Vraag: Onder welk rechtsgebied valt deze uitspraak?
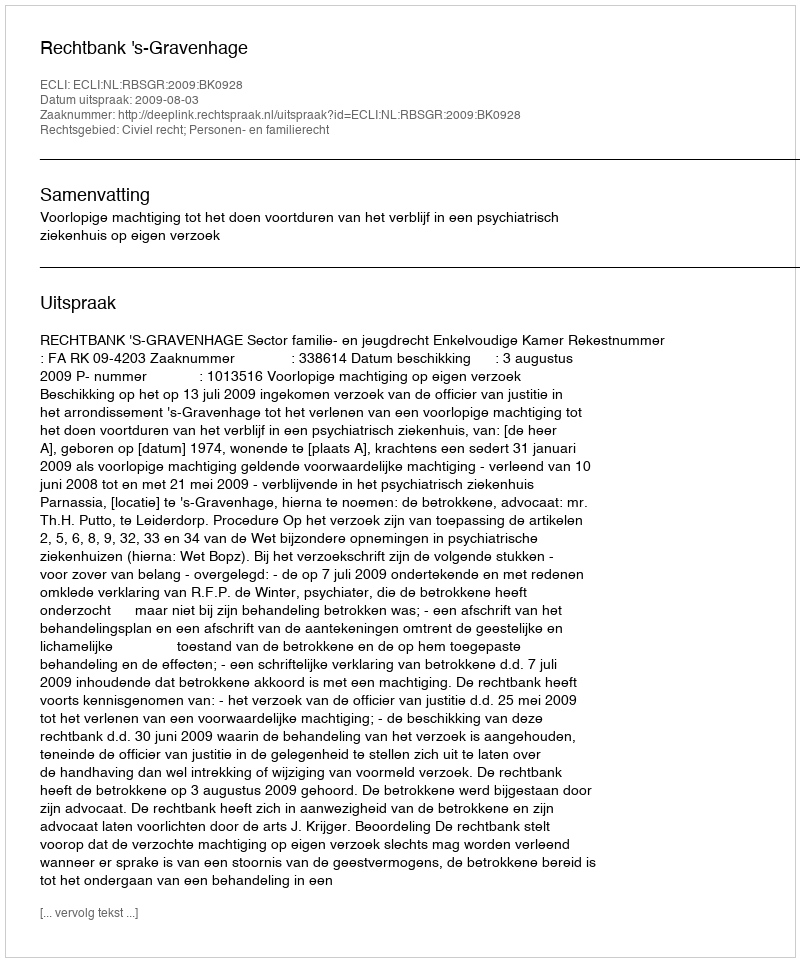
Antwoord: Civiel recht; Personen- en familierecht